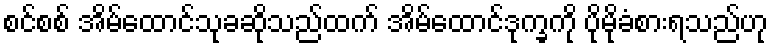
စင်စစ် အိမ်ထောင်သုခဆိုသည်ထက် အိမ်ထောင်ဒုက္ခကို ပိုမိုခံစားရသည်ဟု